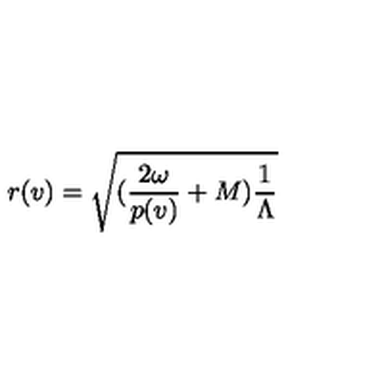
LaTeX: r ( v ) = \sqrt { ( \frac { 2 \omega } { p ( v ) } + M ) \frac { 1 } { \Lambda } }